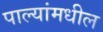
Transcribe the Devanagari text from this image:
पाल्यांमधील